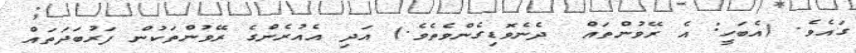
ގައެވެ. (އެބަހީ: އެ ރޭވުންތައް  ދެނެވޮޑިގެންވެތެވެ.) އަދި އެއުރެންގެ ރޭވުންތަކުން ފަރުބަދަތައް